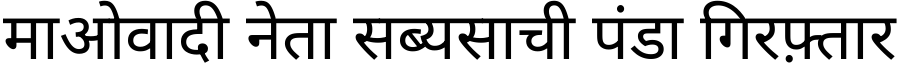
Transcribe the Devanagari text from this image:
माओवादी नेता सब्यसाची पंडा गिरफ़्तार